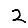
Digit: 2